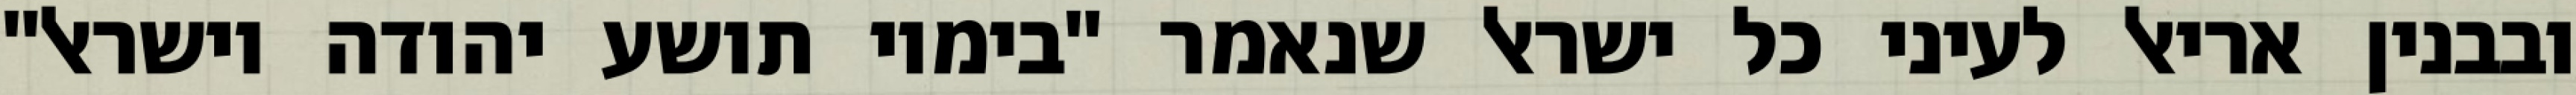
ובבנין אריאל לעיני כל ישראל שנאמר "בימיו תושע יהודה וישראל"